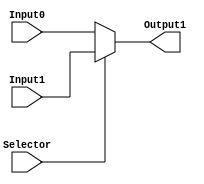
module mux_2_to_1_32bits (Output1, Input0, Input1, Selector);
    input [31:0] Input0, Input1;
    input Selector;
    
    output [31:0] Output1;
    
    assign Output1 = 	(Selector == 1'b0) ? Input0 :
                    (Selector == 1'b1) ? Input1 : 32'bx;

endmodule